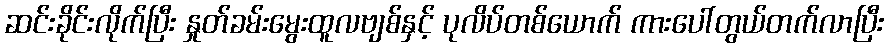
ဆင်းခိုင်းလိုက်ပြီး နှုတ်ခမ်းမွေးထူလဗျစ်နှင့် ပုလိပ်တစ်ယောက် ကားပေါ်တွယ်တက်လာပြီး